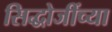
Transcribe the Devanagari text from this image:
सिद्धोजींच्या